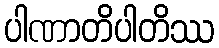
ပါဏာတိပါတိဿ